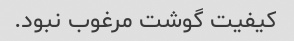
کیفیت گوشت مرغوب نبود.